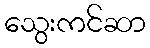
သွေးကင်ဆာ